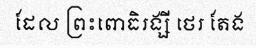
ដែល ព្រះពោធិរង្សី ថេរ តែង